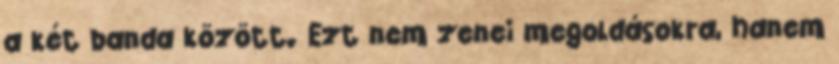
a két banda között. Ezt nem zenei megoldásokra, hanem